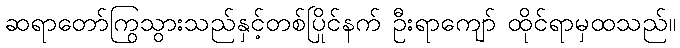
ဆရာတော်ကြွသွားသည်နှင့်တစ်ပြိုင်နက် ဦးရာကျော် ထိုင်ရာမှထသည်။